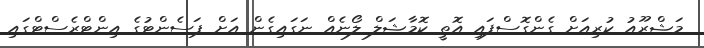
މަޝްރޫއު ކުރިއަށް ގެންގޮސްފައި އޮތީ ކޮމާޝަލް ލޯނެއް ނަގައިގެން އަށް ޕަސެންޓުގެ އިންޓްރެސްޓްގައި